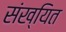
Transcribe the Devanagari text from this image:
संख्यित